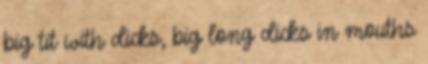
big tit with dicks, big long dicks in mouths